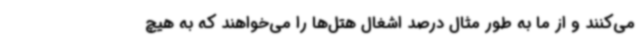
می‌کنند و از ما به طور مثال درصد اشغال هتل‌ها را می‌خواهند که به هیچ